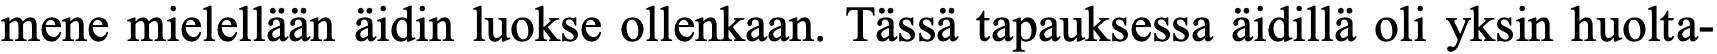
mene mielellään äidin luokse ollenkaan. Tässä tapauksessa äidillä oli yksin huolta-